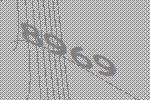
8969